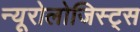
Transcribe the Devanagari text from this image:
न्यूरोलोजिस्ट्स